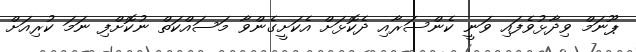
ޕޫނަމް ވިދާޅުވެފައި ވަނީ ކެންސަރާއި ދެކޮޅަށް އެކަށީގެންވާ މަސައްކަތް ނުކޮށްފި ނަމަ ކުރިއަށް